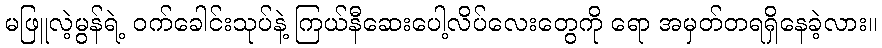
မဖြူလဲ့မွန်ရဲ့ ဝက်ခေါင်းသုပ်နဲ့ ကြယ်နီဆေးပေါ့လိပ်လေးတွေကို ရော အမှတ်တရရှိနေခဲ့လား။